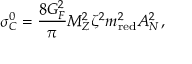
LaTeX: \sigma _ { C } ^ { 0 } = \frac { 8 G _ { F } ^ { 2 } } { \pi } M _ { Z } ^ { 2 } \zeta ^ { 2 } m _ { \mathrm { r e d } } ^ { 2 } A _ { N } ^ { 2 } \, ,